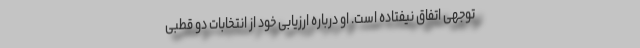
توجهی اتفاق نیفتاده است. او درباره ارزیابی خود از انتخابات دو قطبی